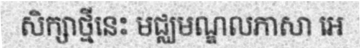
សិក្សាថ្មីនេះ មជ្ឈមណ្ឌលភាសា អេ